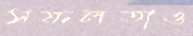
সফলতাও